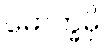
မောက္ခမှိ